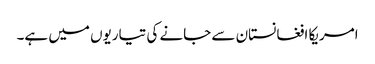
امریکا افغانستان سے جانے کی تیاریوں میں ہے۔